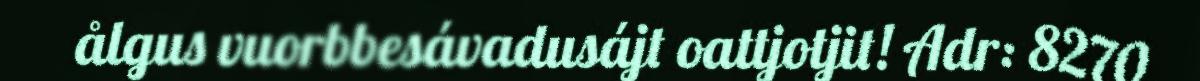
ålgus vuorbbesávadusájt oattjotjit! Adr: 8270